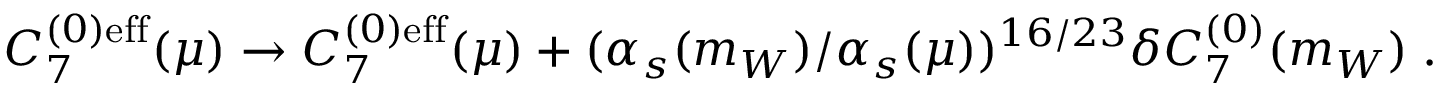
C _ { 7 } ^ { ( 0 ) \mathrm { e f f } } ( \mu ) \rightarrow C _ { 7 } ^ { ( 0 ) \mathrm { e f f } } ( \mu ) + ( \alpha _ { s } ( m _ { W } ) / \alpha _ { s } ( \mu ) ) ^ { 1 6 / 2 3 } \delta C _ { 7 } ^ { ( 0 ) } ( m _ { W } ) \; .